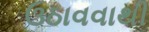
ઉઠાવવાથી